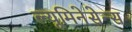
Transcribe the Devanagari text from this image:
ल्यूमिनेसेन्स